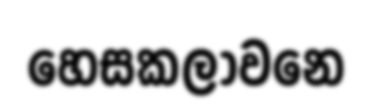
හෙසකලාවනෙ